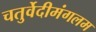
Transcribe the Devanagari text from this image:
चतुर्वेदीमंगलम